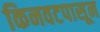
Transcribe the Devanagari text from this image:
किनवटपासून